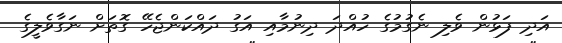
އަދި ފަޅުން ވެލި ނެގުމުގެ ހުއްދަ ދިނުމާއި އަގު ދައްކަންޖެހޭ ގޮތަށް ނަގާވެލީގެ